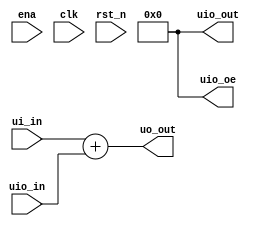
// This program was cloned from: https://github.com/miguelsape/msalazar
// License: Apache License 2.0

/*
 * Copyright (c) 2024 Your Name
 * SPDX-License-Identifier: Apache-2.0
 */

`define default_netname none

module tt_um_example (
    input  wire [7:0] ui_in,    // Dedicated inputs
    output wire [7:0] uo_out,   // Dedicated outputs
    input  wire [7:0] uio_in,   // IOs: Input path
    output wire [7:0] uio_out,  // IOs: Output path
    output wire [7:0] uio_oe,   // IOs: Enable path (active high: 0=input, 1=output)
    input  wire       ena,      // will go high when the design is enabled
    input  wire       clk,      // clock
    input  wire       rst_n     // reset_n - low to reset
);

  // All output pins must be assigned. If not used, assign to 0.
  assign uo_out  = ui_in + uio_in;  // Example: ou_out is the sum of ui_in and uio_in
  assign uio_out = 0;
  assign uio_oe  = 0;

endmodule